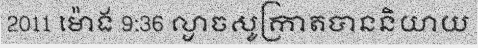
2011 ម៉ោង 9:36 ល្ងាចសូក្រាតបាននិយាយ